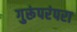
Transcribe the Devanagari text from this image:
गुरूंपरंपरा